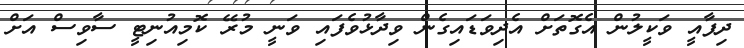
ދިފާއީ ވަކީލުން އެގޮތަށް އެދިވަޑައިގެން ވިދާޅުވެފައި ވަނީ މުރޭ ކޮމިއުނިޓީ ސާވިސް އަށް